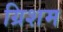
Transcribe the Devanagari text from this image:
ग्रिशम